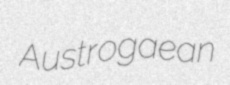
Austrogaean